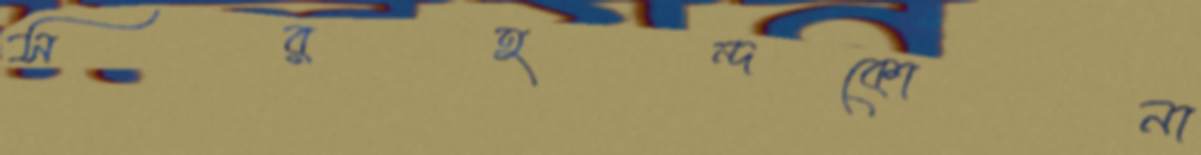
সরহন্দকোনা